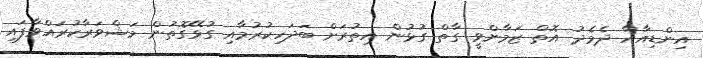
އިންޑިއާއާ ދެމެދު އޮތް ޒަމާންވީ ގާތް ގުޅުން އިތުރަށް ބަދަހިކުރުމާއި ގުޅޭގޮތުން މަޝްވަރާކުރައްވާފައި